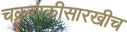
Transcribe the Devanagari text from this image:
चक्रवाकीसारखीच